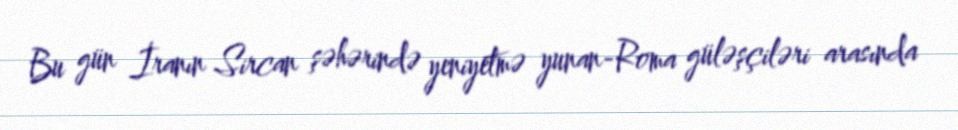
Bu gün İranın Sircan şəhərində yeniyetmə yunan-Roma güləşçiləri arasında